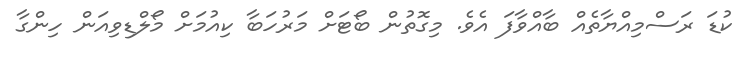
ކުޑަ ރަސްމިއްޔާތެއް ބާއްވާފަ އެވެ. މިގޮތުން ބޯޓަށް މަރުހަބާ ކިއުމަށް މޯލްޑިވިއަން ހިންގާ